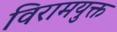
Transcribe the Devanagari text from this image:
विरामयुक्त